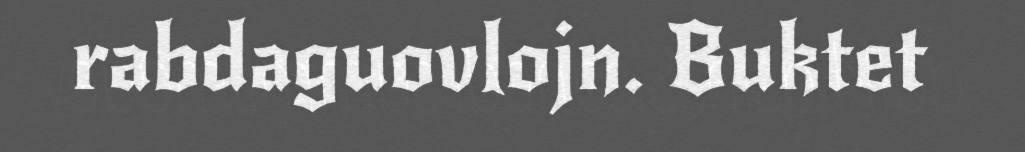
rabdaguovlojn. Buktet